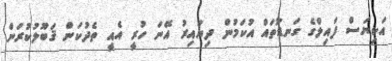
އަކިޔަސް ފައިލްގެ ގަނޑުތައް އުކަމުން ދިޔައިރު އޭނަ ހުރީ އެއީ ތެދުކަން ޤަބޫލުކުރަން